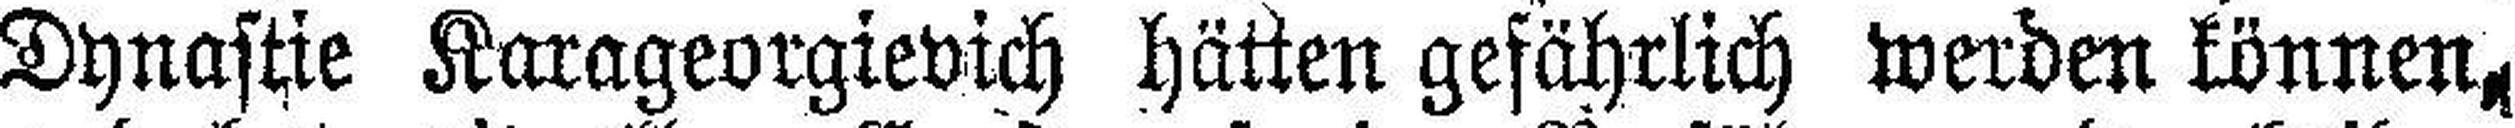
Dynastie Karageorgievich hätten gefährlich werden können